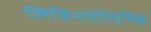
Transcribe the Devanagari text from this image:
लिजिनाप्टेरिडेसिई